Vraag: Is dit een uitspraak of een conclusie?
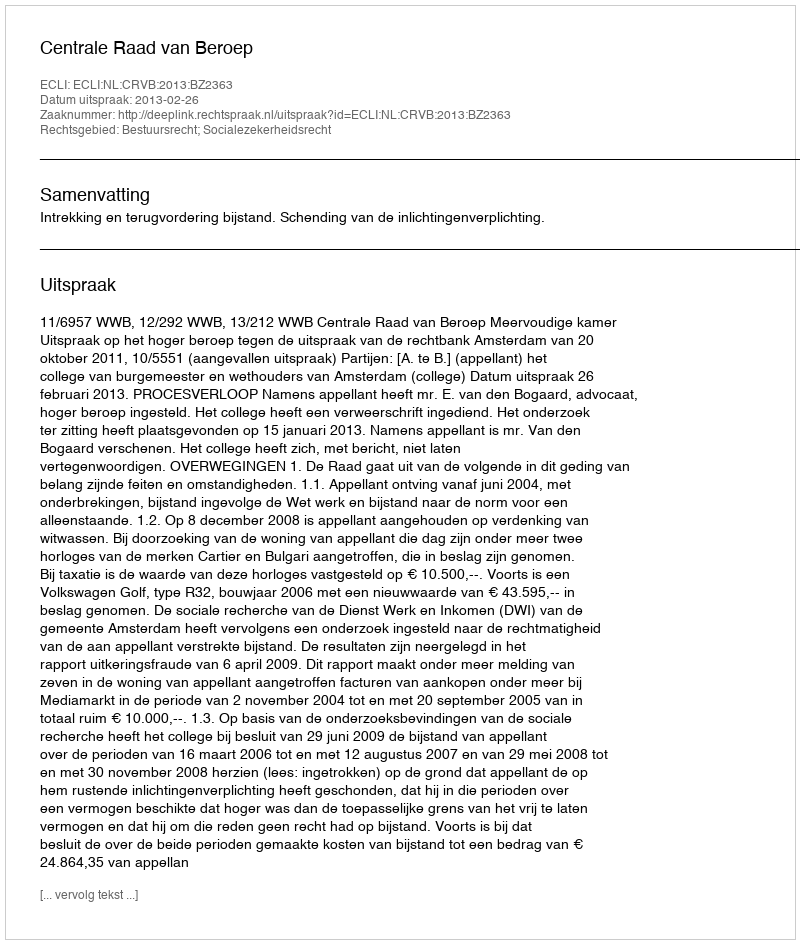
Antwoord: Uitspraak